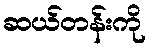
ဆယ်တန်းကို